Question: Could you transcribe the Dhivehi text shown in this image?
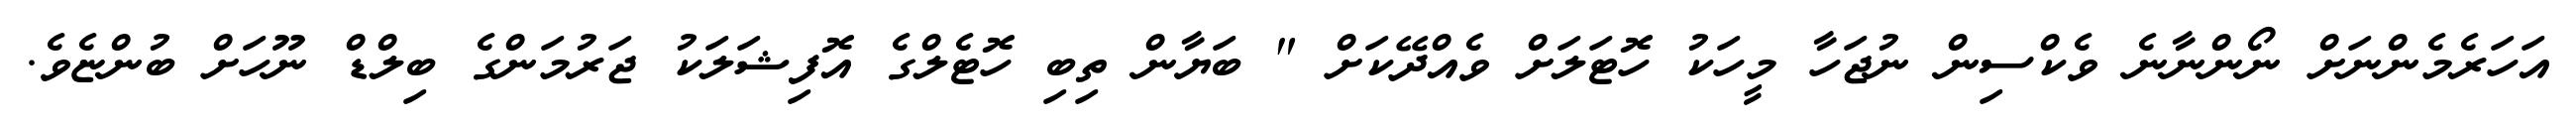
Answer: އަހަރެމެންނަށް ނޯންނާނެ ވެކްސިން ނުޖަހާ މީހަކު ހޮޓަލަށް ވެއްދޭކަށް " ބަޔާން ތިބި ހޮޓެލްގެ އޮފިޝަލަކު ޖަރުމަންގެ ބިލްޑް ނޫހަށް ބުންޏެވެ.